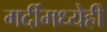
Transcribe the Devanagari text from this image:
गर्दीमध्येही